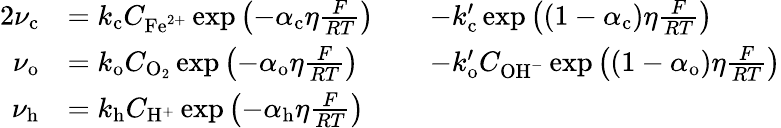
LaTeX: \begin{array}{rlrl}{{2}\nu_{\mathrm{c}}}&{=k_{\mathrm{c}}C_{\mathrm{Fe}^{2+}}\exp\left(-\alpha_{\mathrm{c}}\eta\frac{F}{RT}\right)}&&{-k_{\mathrm{c}}^{\prime}\exp\left((1-\alpha_{\mathrm{c}})\eta\frac{F}{RT}\right)}\\ {\nu_{\mathrm{o}}}&{=k_{\mathrm{o}}C_{\mathrm{O}_{2}}\exp\left(-\alpha_{\mathrm{o}}\eta\frac{F}{RT}\right)}&&{-k_{\mathrm{o}}^{\prime}C_{\mathrm{OH}^{-}}\exp\left((1-\alpha_{\mathrm{o}})\eta\frac{F}{RT}\right)}\\ {\nu_{\mathrm{h}}}&{=k_{\mathrm{h}}C_{\mathrm{H}^{+}}\exp\left(-\alpha_{\mathrm{h}}\eta\frac{F}{RT}\right)}&&{}\end{array}